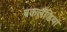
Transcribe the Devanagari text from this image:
बकलैंडिया